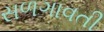
સળગાવતી